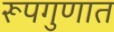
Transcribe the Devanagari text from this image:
रूपगुणात